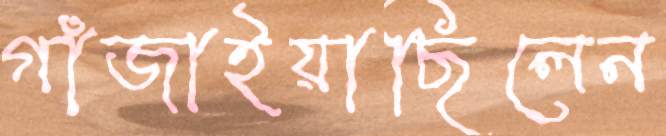
গাঁজাইয়াছিলেন